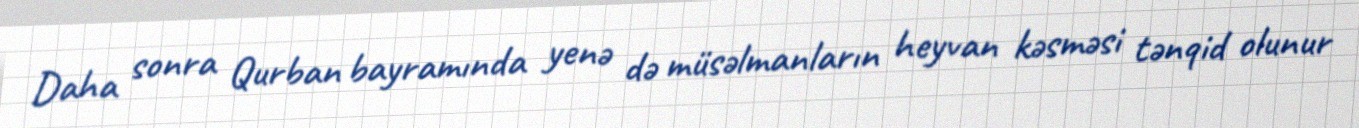
Daha sonra Qurban bayramında yenə də müsəlmanların heyvan kəsməsi tənqid olunur